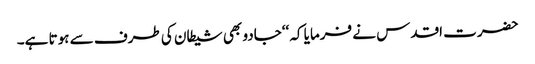
حضرت اقدس نے فرمایا کہ ‘‘جادو بھی شیطان کی طرف سے ہوتا ہے۔